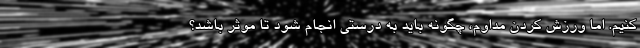
کنیم. اما ورزش کردن مداوم، چگونه باید به درستی انجام شود تا موثر باشد؟